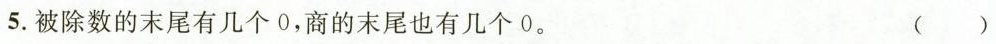
5.被除数的末尾有几个0，商的末尾也有几个0。 ()